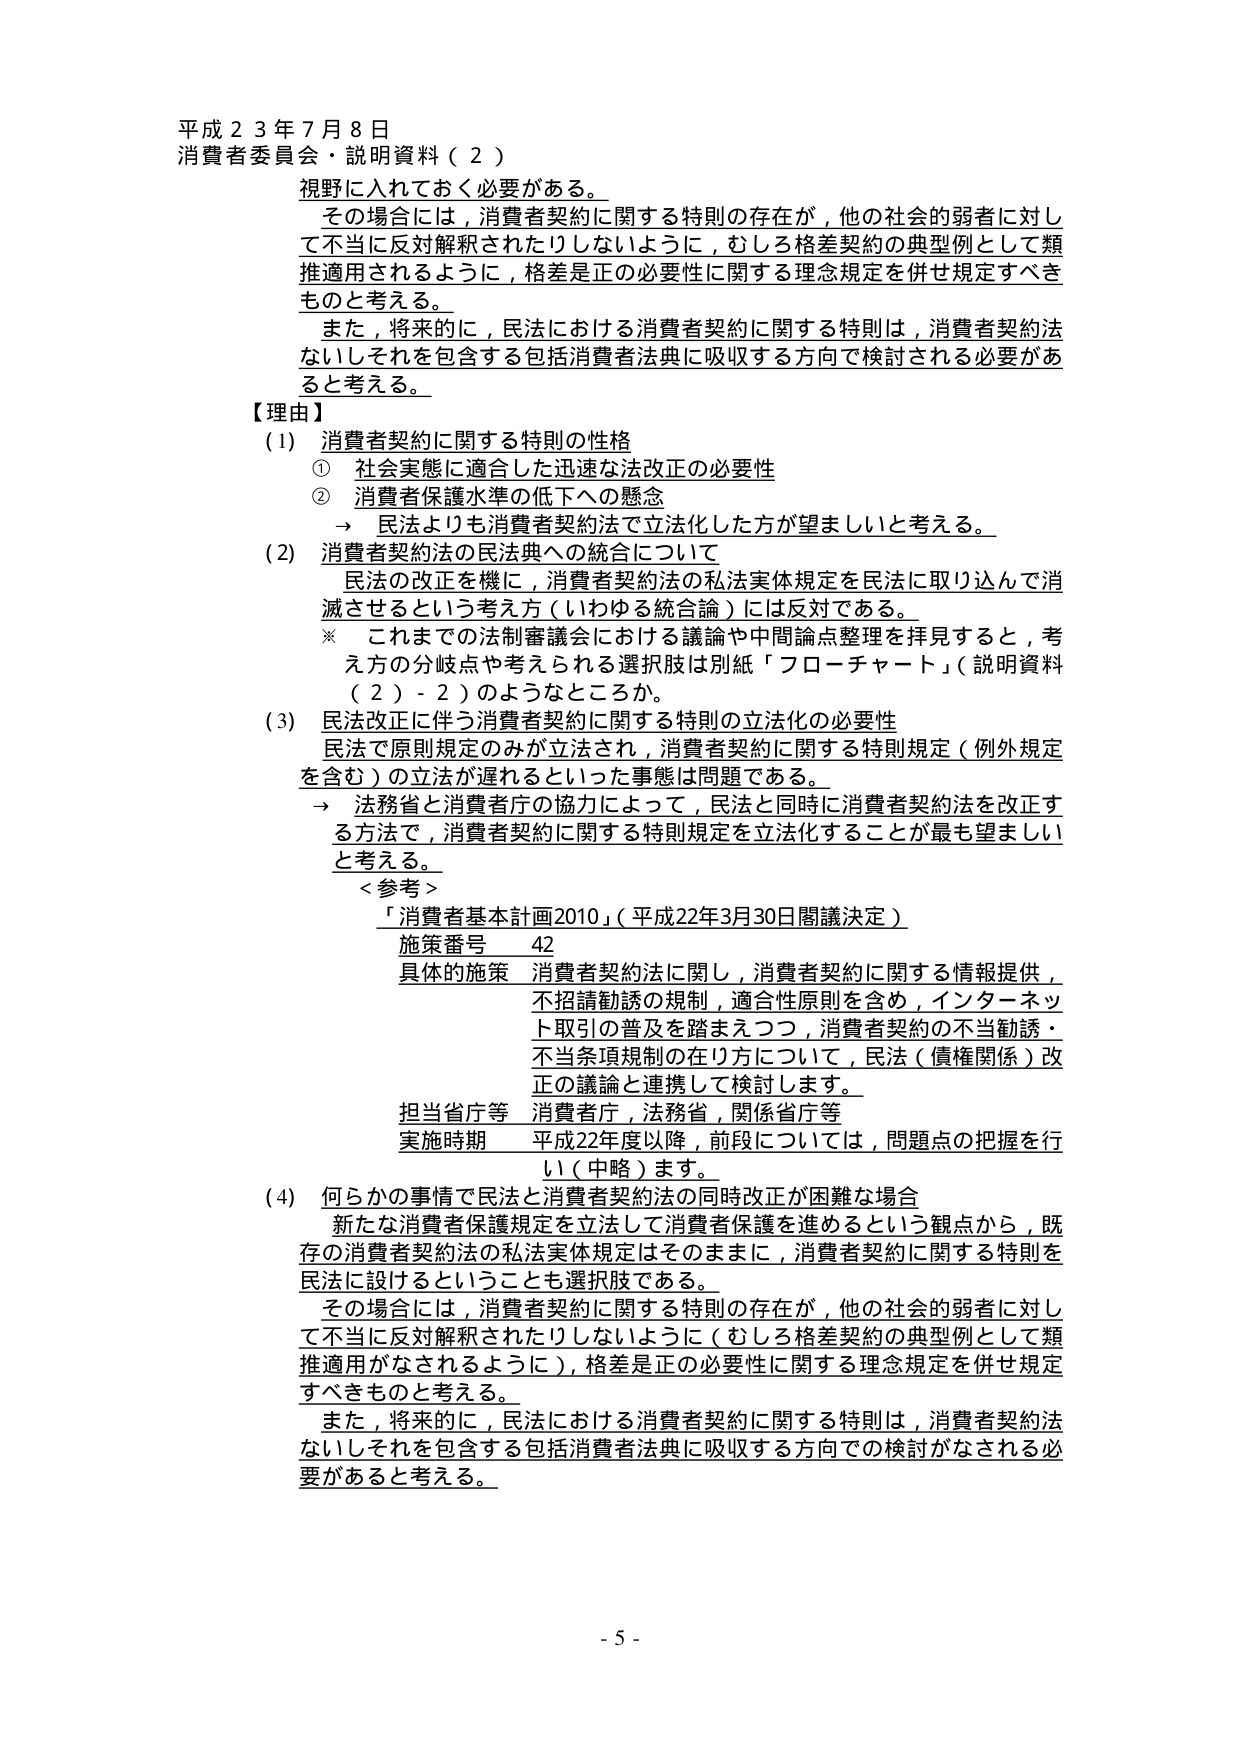
平成２３年７月８日
消費者委員会・説明資料（２）

視野に入れておく必要がある。
その場合には，消費者契約に関する特別の存在が，他の社会的弱者に対し
て不当に反対解釈されたりしないように，むしろ格差契約の典型例として類
推適用されるように，格差是正の必要性に関する理念規定を併せ規定すべき
ものと考える。
また，将来的に，民法における消費者契約に関する特則は，消費者契約法
ないしそれを包含する包括消費者法典に吸収する方向で検討される必要があ
ると考える。

【理由】
(1) 消費者契約に関する特則の性格
　① 社会実態に適合した迅速な法改正の必要性
　② 消費者保護水準の低下への懸念
　→ 民法よりも消費者契約法で立法化した方が望ましいと考える。

(2) 消費者契約法の民法典への統合について
　民法の改正を機に，消費者契約法の私法実体規定を民法に取り込んで消
　滅させるという考え方（いわゆる統合論）には反対である。
　※ これまでの法制審議会における議論や中間論点整理を拝見すると，考
　　え方の分岐点や考えられる選択肢は別紙「フローチャート」（説明資料
　　（２）-２）のようなところか。

(3) 民法改正に伴う消費者契約に関する特則の立法化の必要性
　民法で原則規定のみが立法され，消費者契約に関する特別規定（例外規定
　を含む）の立法が遅れるといった事態は問題である。
　→ 法務省と消費者庁の協力によって，民法と同時に消費者契約法を改正す
　　る方法で，消費者契約に関する特別規定を立法化することが最も望ましい
　　と考える。
　　＜参考＞
　　「消費者基本計画2010」（平成22年3月30日閣議決定）
　　　施策番号　42
　　　具体的施策　消費者契約法に関し，消費者契約に関する情報提供，
　　　　　　　　　不招請勧誘の規制，適合性原則を含め，インターネット取引の普及を踏まえつつ，消費者契約の不当勧誘・不当条項規制の在り方について，民法（債権関係）改正の議論と連携して検討します。
　　　担当省庁等　消費者庁，法務省，関係省庁等
　　　実施時期　平成22年度以降，前段については，問題点の把握を行い（中略）ます。

(4) 何らかの事情で民法と消費者契約法の同時改正が困難な場合
　新たな消費者保護規定を立法して消費者保護を進めるという観点から，既
　存の消費者契約法の私法実体規定はそのままに，消費者契約に関する特則を
　民法に設けるということも選択肢である。
　その場合には，消費者契約に関する特別の存在が，他の社会的弱者に対し
　て不当に反対解釈されたりしないように（むしろ格差契約の典型例として類
　推適用がなされるように），格差是正の必要性に関する理念規定を併せ規定
　すべきものと考える。
　また，将来的に，民法における消費者契約に関する特則は，消費者契約法
　ないしそれを包含する包括消費者法典に吸収する方向での検討がなされる必
　要があると考える。

- 5 -